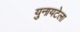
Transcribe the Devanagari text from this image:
युनायटेला